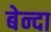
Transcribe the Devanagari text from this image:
बेन्दा